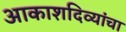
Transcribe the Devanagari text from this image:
आकाशदिव्यांचा